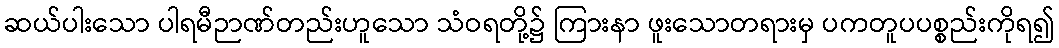
ဆယ်ပါးသော ပါရမီဉာဏ်တည်းဟူသော သံဝရတို့၌ ကြားနာ ဖူးသောတရားမှ ပကတူပပစ္စည်းကိုရ၍